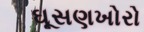
ઘૂસણખોરો